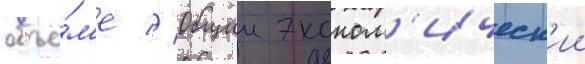
объё́м'е // Общии эконом'ическ'ии